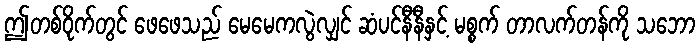
ဤတစ်ဝိုက်တွင် ဖေဖေသည် မေမေကလွဲလျှင် ဆံပင်နီနီနှင့် မစ္စက် တာလက်တန်ကို သဘော